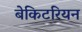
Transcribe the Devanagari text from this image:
बेकिटरियन